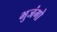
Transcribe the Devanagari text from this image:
भुजंगो